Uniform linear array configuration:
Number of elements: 16
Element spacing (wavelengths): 1
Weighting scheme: hamming
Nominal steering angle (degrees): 0
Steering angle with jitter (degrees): -1.889
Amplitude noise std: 0.05
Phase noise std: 0.05

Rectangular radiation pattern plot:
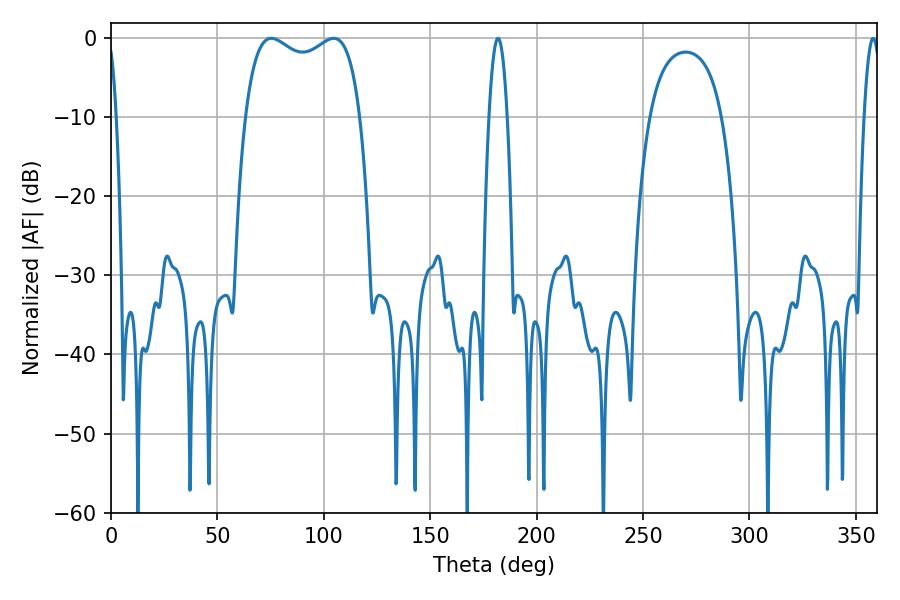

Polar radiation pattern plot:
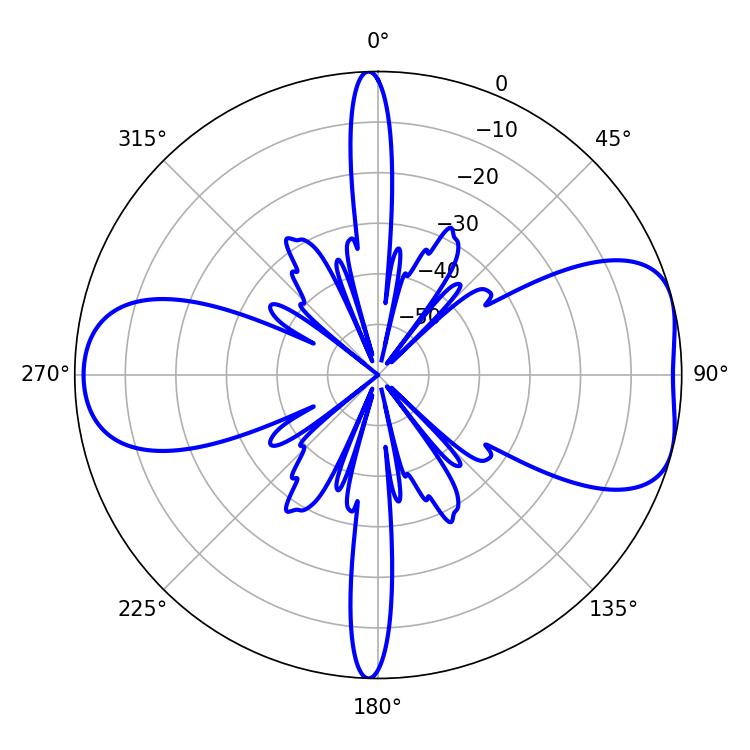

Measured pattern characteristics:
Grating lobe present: TRUE
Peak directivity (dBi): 7.055
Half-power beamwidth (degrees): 44.64
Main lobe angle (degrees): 75.42